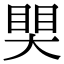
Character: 𥈀